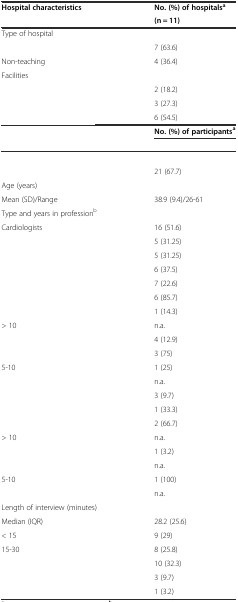
<table><thead><tr><td rowspan="2"><b>Hospital characteristics</b></td><td><b>No. (%) of hospitals<sup>a</sup></b></td></tr><tr><td><b>(n = 11)</b></td></tr></thead><tbody><tr><td>Type of hospital</td><td>[EMPTY_CELL]</td></tr><tr><td>[EMPTY_CELL]</td><td>7 (63.6)</td></tr><tr><td>Non-teaching</td><td>4 (36.4)</td></tr><tr><td>Facilities</td><td>[EMPTY_CELL]</td></tr><tr><td>[EMPTY_CELL]</td><td>2 (18.2)</td></tr><tr><td>[EMPTY_CELL]</td><td>3 (27.3)</td></tr><tr><td>[EMPTY_CELL]</td><td>6 (54.5)</td></tr><tr><td rowspan="2">[EMPTY_CELL]</td><td><b>No. (%) of participants</b><sup><b>a</b></sup></td></tr><tr><td>[EMPTY_CELL]</td></tr><tr><td>[EMPTY_CELL]</td><td>[EMPTY_CELL]</td></tr><tr><td>[EMPTY_CELL]</td><td>21 (67.7)</td></tr><tr><td>Age (years)</td><td>[EMPTY_CELL]</td></tr><tr><td>Mean (SD)/Range</td><td>38.9 (9.4)/26-61</td></tr><tr><td>Type and years in profession<sup>b</sup></td><td>[EMPTY_CELL]</td></tr><tr><td>Cardiologists</td><td>16 (51.6)</td></tr><tr><td>[EMPTY_CELL]</td><td>5 (31.25)</td></tr><tr><td>[EMPTY_CELL]</td><td>5 (31.25)</td></tr><tr><td>[EMPTY_CELL]</td><td>6 (37.5)</td></tr><tr><td>[EMPTY_CELL]</td><td>7 (22.6)</td></tr><tr><td>[EMPTY_CELL]</td><td>6 (85.7)</td></tr><tr><td>[EMPTY_CELL]</td><td>1 (14.3)</td></tr><tr><td>&gt; 10</td><td>n.a.</td></tr><tr><td>[EMPTY_CELL]</td><td>4 (12.9)</td></tr><tr><td>[EMPTY_CELL]</td><td>3 (75)</td></tr><tr><td>5-10</td><td>1 (25)</td></tr><tr><td>[EMPTY_CELL]</td><td>n.a.</td></tr><tr><td>[EMPTY_CELL]</td><td>3 (9.7)</td></tr><tr><td>[EMPTY_CELL]</td><td>1 (33.3)</td></tr><tr><td>[EMPTY_CELL]</td><td>2 (66.7)</td></tr><tr><td>&gt; 10</td><td>n.a.</td></tr><tr><td>[EMPTY_CELL]</td><td>1 (3.2)</td></tr><tr><td>[EMPTY_CELL]</td><td>n.a.</td></tr><tr><td>5-10</td><td>1 (100)</td></tr><tr><td>[EMPTY_CELL]</td><td>n.a.</td></tr><tr><td>Length of interview (minutes)</td><td>[EMPTY_CELL]</td></tr><tr><td>Median (IQR)</td><td>28.2 (25.6)</td></tr><tr><td>&lt; 15</td><td>9 (29)</td></tr><tr><td>15-30</td><td>8 (25.8)</td></tr><tr><td>[EMPTY_CELL]</td><td>10 (32.3)</td></tr><tr><td>[EMPTY_CELL]</td><td>3 (9.7)</td></tr><tr><td>[EMPTY_CELL]</td><td>1 (3.2)</td></tr></tbody></table>